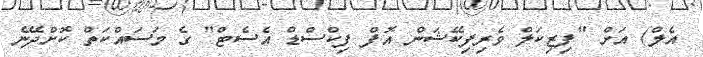
އެލް) އަށް "ފިޒިކަލް ވެރިފިކޭޝަން އޮފް ފިކްސްޑް އެސެޓް" ގެ މަސައްކަތް ކޮށްދޭނެ